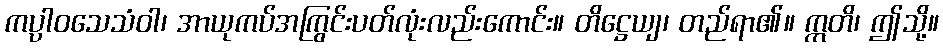
ကပ္ပါဝသေသံဝါ၊ အာယုကပ်အကြွင်းပတ်လုံးလည်းကောင်း။ တိဋ္ဌေယျ၊ တည်ရာ၏။ ဣတိ၊ ဤသို့။